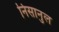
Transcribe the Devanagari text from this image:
निसानुल